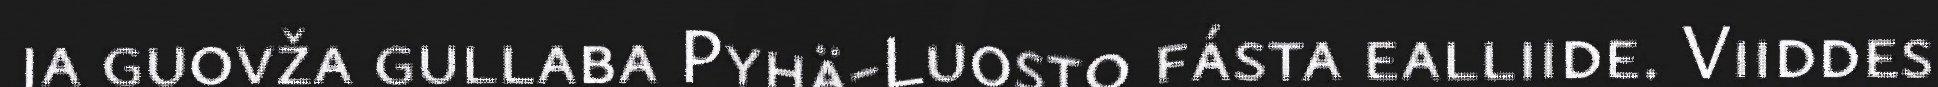
ja guovža gullaba Pyhä-Luosto fásta ealliide. Viiddes